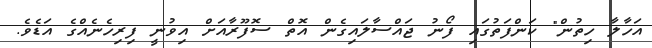
އަހާލާ ހިތުން" ކަންފަތުގައި ފޯނު ޖައްސާލައިގެން އޮތް ސޮފޫރާއަށް އިވުނީ ފިރިހެނެއްގެ އަޑެވެ.